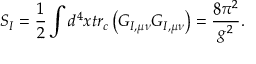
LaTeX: S _ { I } = \frac { 1 } { 2 } \int d ^ { 4 } x t r _ { c } \left( G _ { I , \mu \nu } G _ { I , \mu \nu } \right) = \frac { 8 \pi ^ { 2 } } { g ^ { 2 } } .